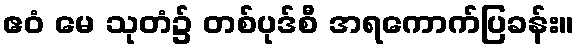
ဧဝံ မေ သုတံ၌ တစ်ပုဒ်စီ အရကောက်ပြခန်း။